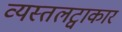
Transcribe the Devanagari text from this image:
व्यस्तलट्वाकार